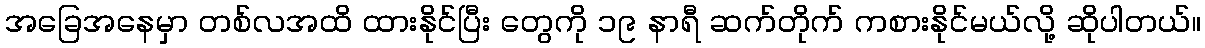
အခြေအနေမှာ တစ်လအထိ ထားနိုင်ပြီး တွေကို ၁၉ နာရီ ဆက်တိုက် ကစားနိုင်မယ်လို့ ဆိုပါတယ်။